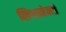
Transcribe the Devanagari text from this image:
लिगामेन्टों